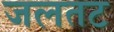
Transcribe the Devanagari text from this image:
जलतट